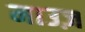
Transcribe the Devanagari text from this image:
माउज़